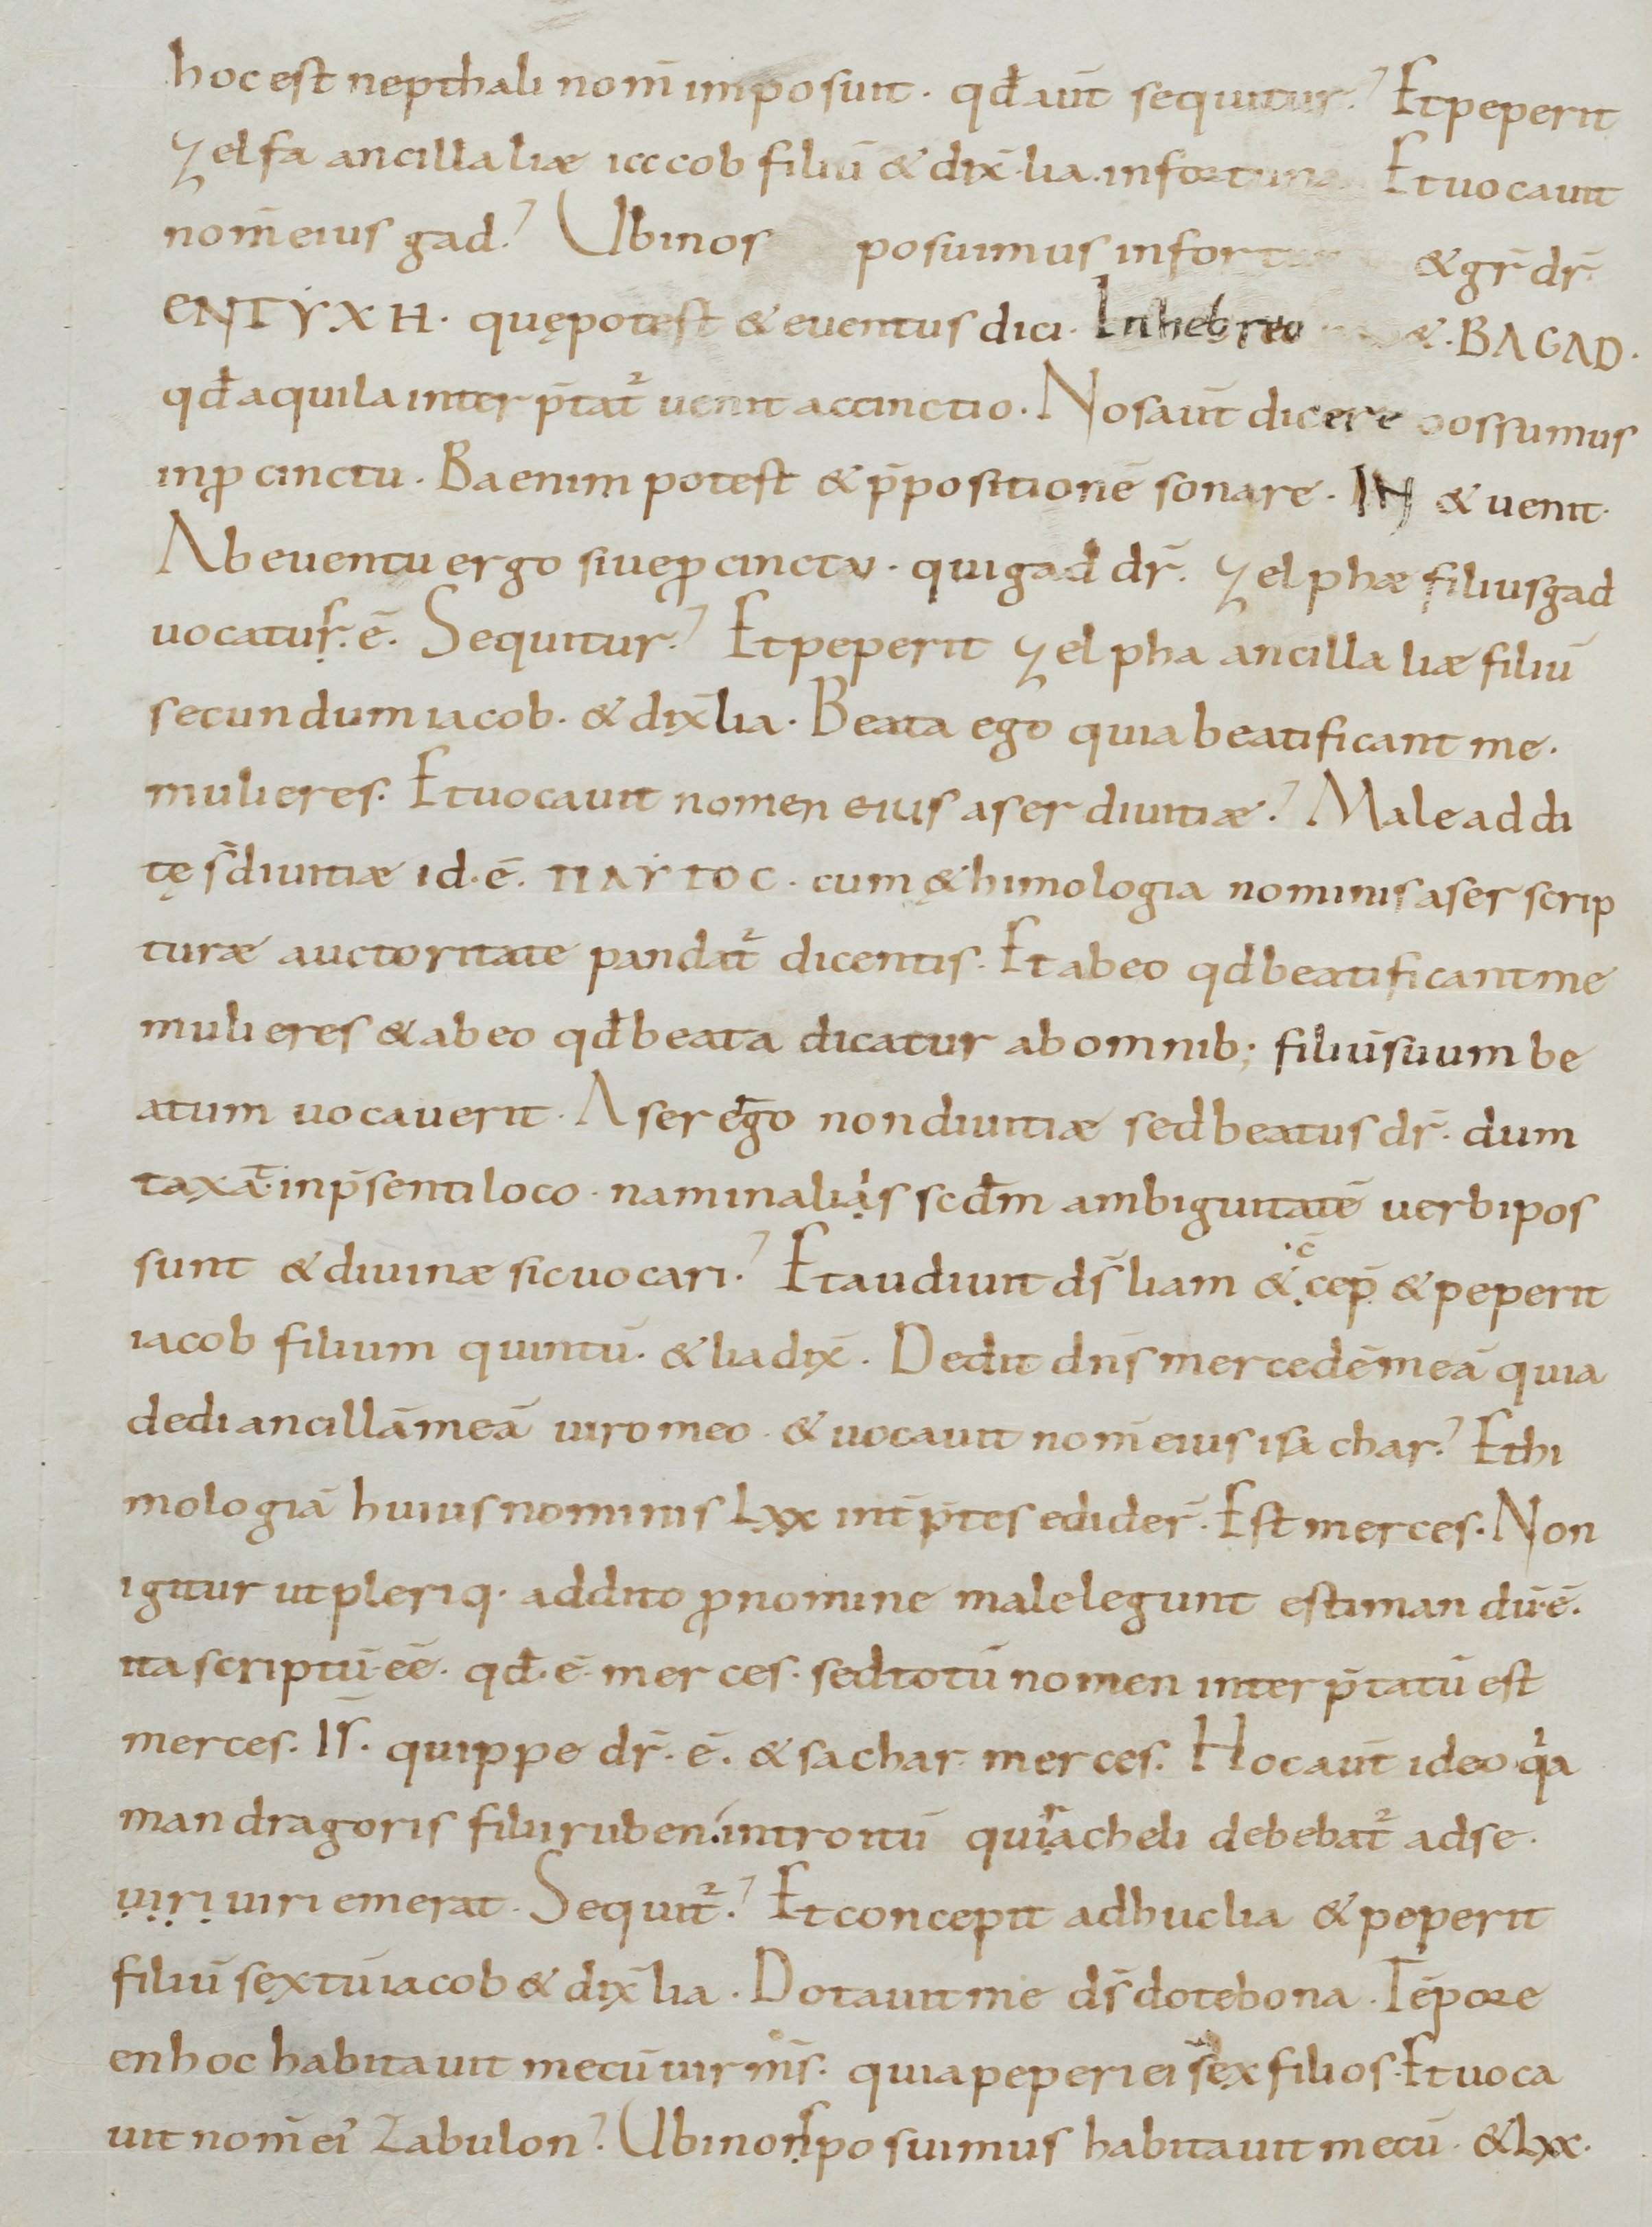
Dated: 800–899